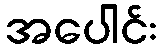
အပေါင်း